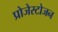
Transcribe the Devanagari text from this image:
प्रोजेस्टोजन